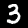
Digit: 3